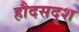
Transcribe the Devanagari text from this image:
हौदसदृश